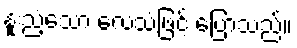
နူးညံ့သော လေသံဖြင့် ပြောသည်။